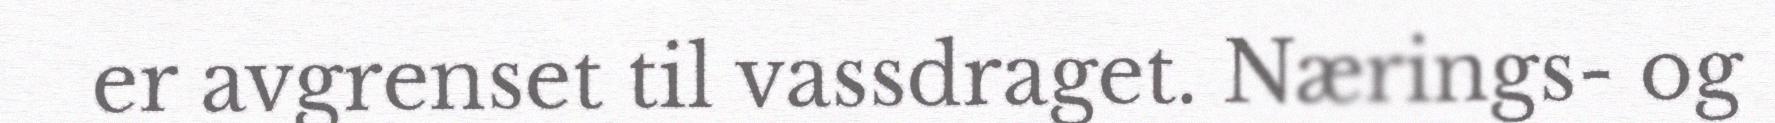
er avgrenset til vassdraget. Nærings- og